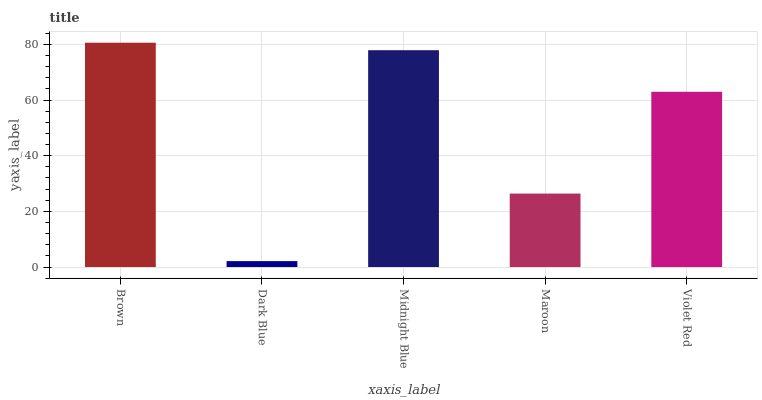
| xaxis_label | bars |
 | --- | --- |
 | Brown | 80.6 |
 | Dark Blue | 2.13 |
 | Midnight Blue | 77.9 |
 | Maroon | 26.4 |
 | Violet Red | 63 |